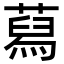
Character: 蕮